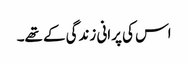
اس کی پرانی زندگی کے تھے۔